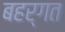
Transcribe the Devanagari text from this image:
बहर्गत